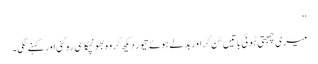
‘‘
میری چبھتی ہُوئی باتیں سُن کر اور بدلے ہوئے تیور دیکھ کر وہ بھونچکا سی رہ گئی اور کہنے لگی۔